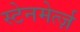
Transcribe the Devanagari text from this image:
स्टेनमेर्त्ज़